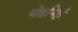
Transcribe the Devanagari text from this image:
मोहनिद्रां